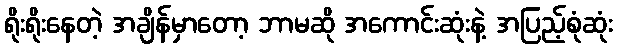
ရိုးရိုးနေတဲ့ အချိန်မှာတော့ ဘာမဆို အကောင်းဆုံးနဲ့ အပြည့်စုံဆုံး